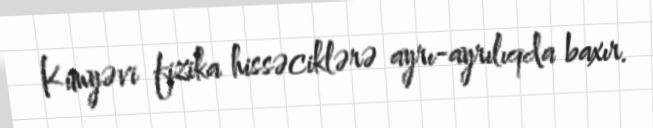
Kimyəvi fizika hissəciklərə ayrı-ayrılıqda baxır.